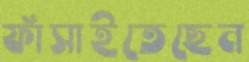
ফাঁসাইতেছেন